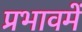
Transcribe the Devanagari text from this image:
प्रभावमें